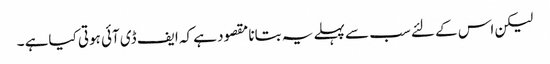
لیکن اس کے لئے سب سے پہلے یہ بتانا مقصود ہے کہ ایف ڈی آئی ہوتی کیاہے ۔